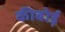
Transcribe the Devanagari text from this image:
कीबोर्ड़